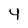
Character: 4